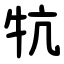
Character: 牨